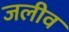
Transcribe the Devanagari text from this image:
जलीव